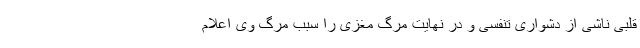
قلبی ناشی از دشواری تنفسی و در نهایت مرگ مغزی را سبب مرگ وی اعلام